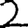
Digit: 2